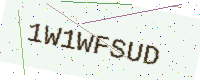
Text: 1W1WFSUD